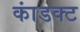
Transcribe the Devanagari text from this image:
कांडक्ट